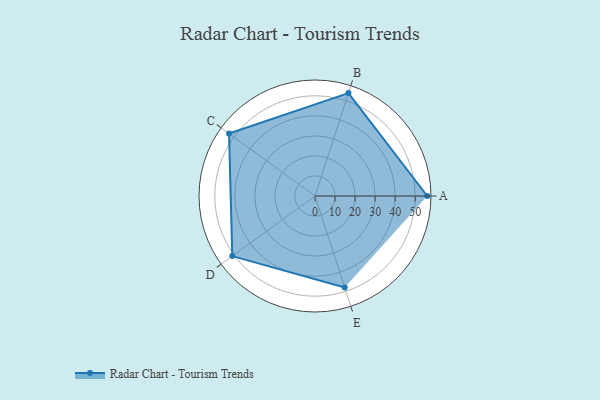
{"axis": {"x": "Skill", "y": "Score"}, "legend": ["Profile"], "data": [{"x": "A", "y": 56.0, "type": "Profile"}, {"x": "B", "y": 54.0, "type": "Profile"}, {"x": "C", "y": 53.0, "type": "Profile"}, {"x": "D", "y": 51.0, "type": "Profile"}, {"x": "E", "y": 48.0, "type": "Profile"}]}